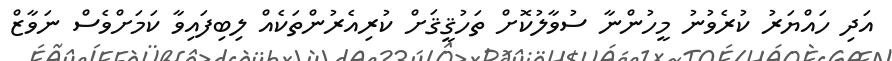
އަދި ހައްޔަރު ކުރެވުނު މީހުންނާ ސުވާލުކޮށް ތަހުޤީޤަށް ކުރިއެރުންތަކެއް ލިބިފައިވާ ކަމަށްވެސް ނަވާޒް